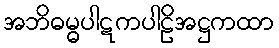
အဘိဓမ္ဓပါဋကပါဠိအဋ္ဌကထာ